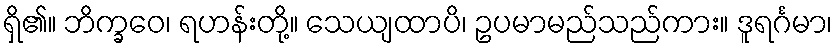
ရှိ၏။ ဘိက္ခဝေ၊ ရဟန်းတို့။ သေယျထာပိ၊ ဥပမာမည်သည်ကား။ ဒူရင်္ဂမာ၊